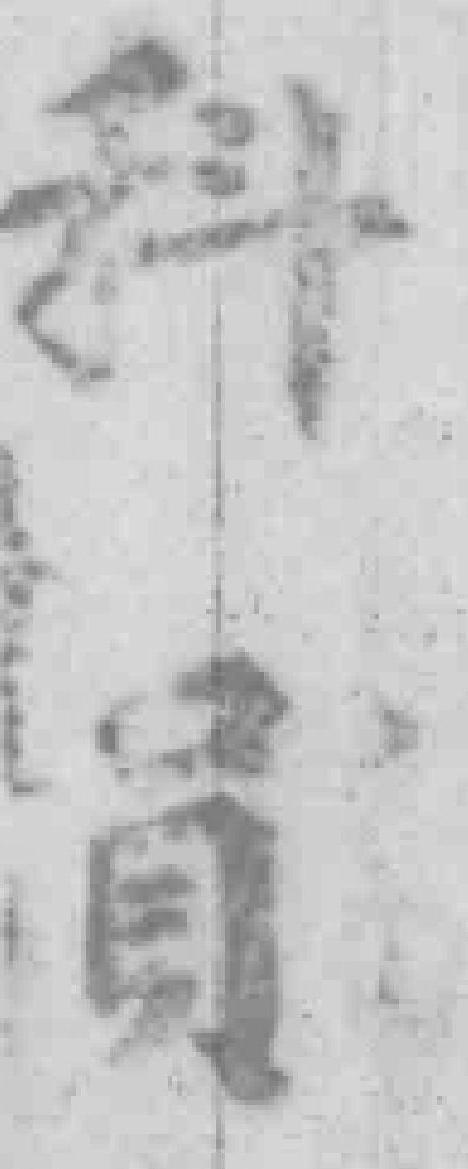
国